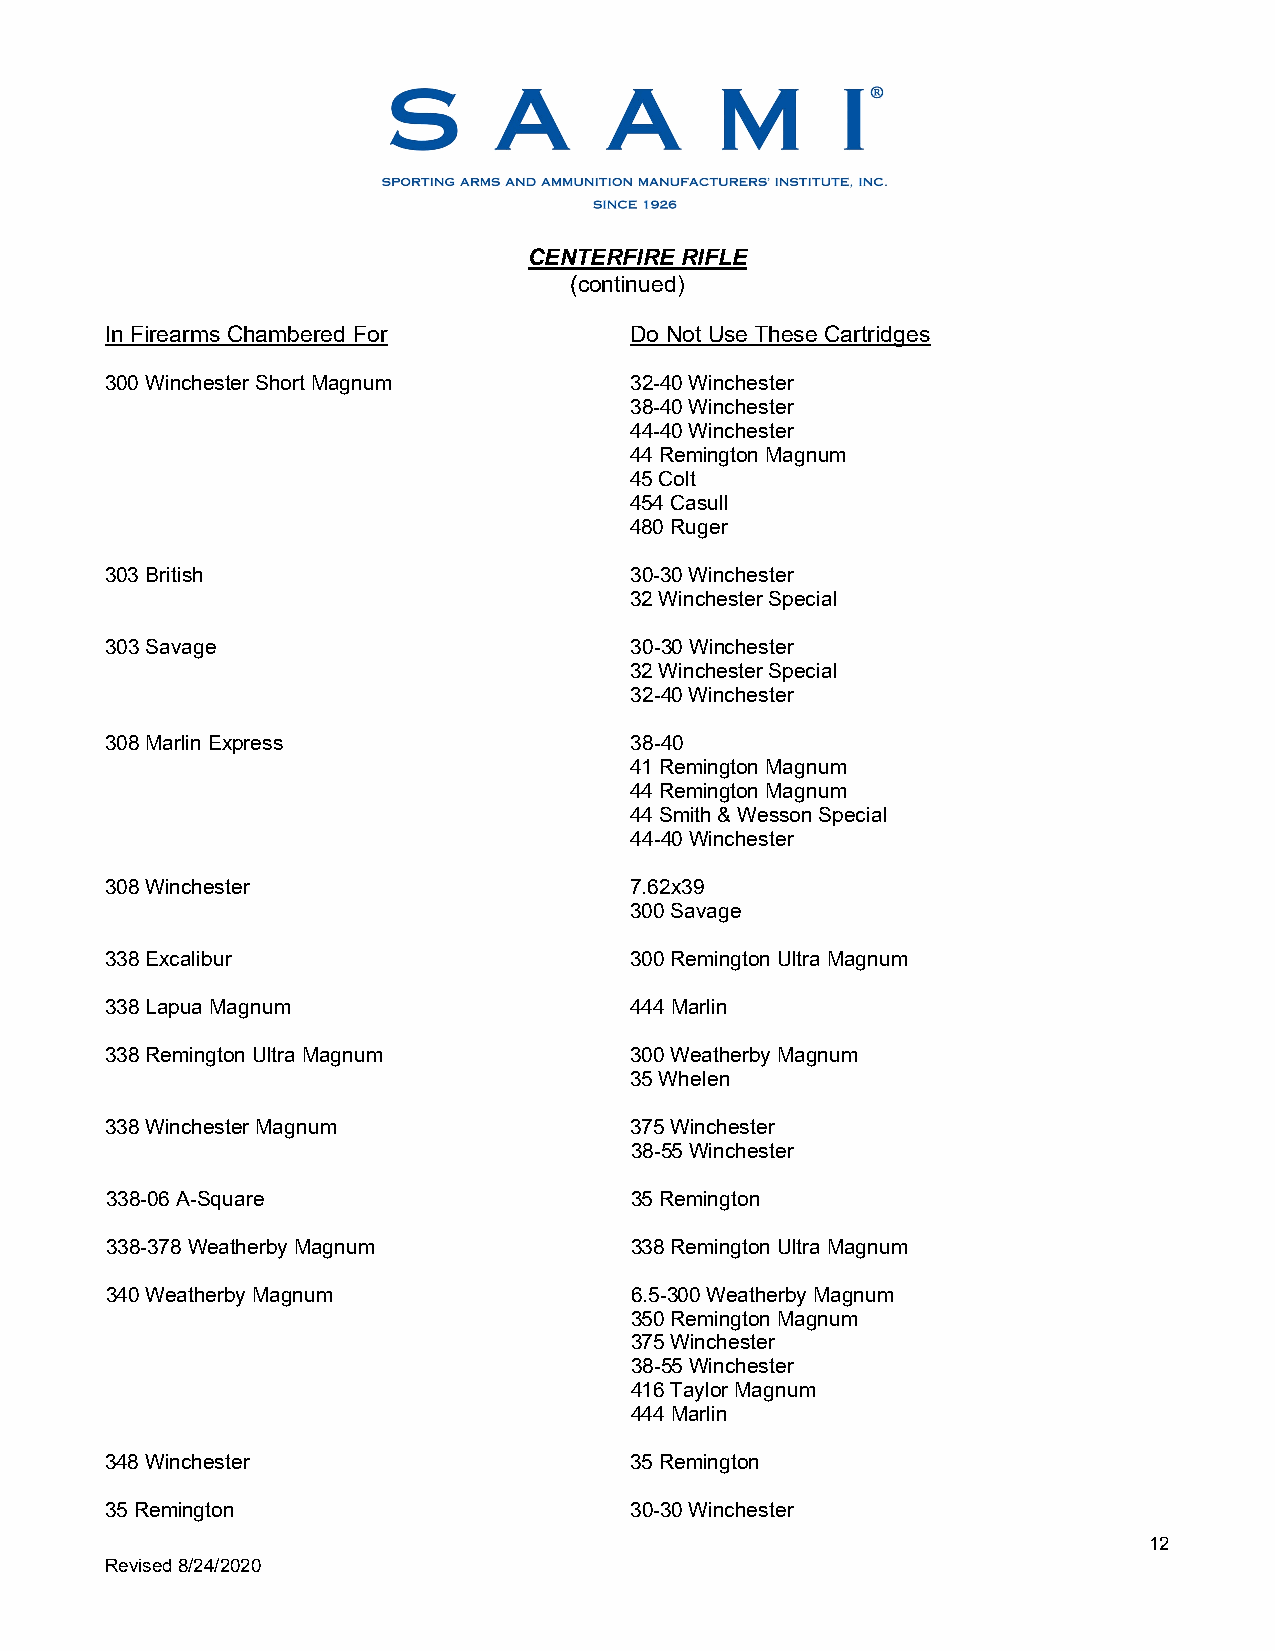
CENTERFIRE RIFLE
 (continued)
 In Firearms Chambered For          Do Not Use These Cartridges
 300 Winchester Short Magnum        32-40 Winchester
 38-40 Winchester
 44-40 Winchester
 44 Remington Magnum
 45 Colt
 454 Casull
 480 Ruger
 303 British                        30-30 Winchester
 32 Winchester Special
 303 Savage                         30-30 Winchester
 32 Winchester Special
 32-40 Winchester
 308 Marlin Express                 38-40
 41 Remington Magnum
 44 Remington Magnum
 44 Smith & Wesson Special
 44-40 Winchester
 308 Winchester                     7.62x39
 300 Savage
 338 Excalibur                      300 Remington Ultra Magnum
 338 Lapua Magnum                   444 Marlin
 338 Remington Ultra Magnum         300 Weatherby Magnum
 35 Whelen
 338 Winchester Magnum              375 Winchester
 38-55 Winchester
 338-06 A-Square                    35 Remington
 338-378 Weatherby Magnum           338 Remington Ultra Magnum
 340 Weatherby Magnum               6.5-300 Weatherby Magnum
 350 Remington Magnum
 375 Winchester
 38-55 Winchester
 416 Taylor Magnum
 444 Marlin
 348 Winchester                     35 Remington
 35 Remington                       30-30 Winchester
 12
 Revised 8/24/2020